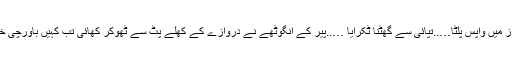
‘‘ بے تابانہ انداز میں واپس پلٹا…..تپائی سے گھٹنا ٹکرایا …..پیر کے انگوٹھے نے دروازے کے کھلے پٹ سے ٹھوکر کھائی تب کہیں باورچی خانے میں پہنچا۔